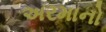
અરમાનો